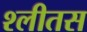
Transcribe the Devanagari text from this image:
श्लीतस